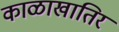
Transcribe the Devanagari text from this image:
काळाखातिर